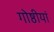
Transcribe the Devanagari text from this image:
गोष्ठीयां